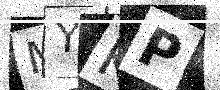
Text: MYKP